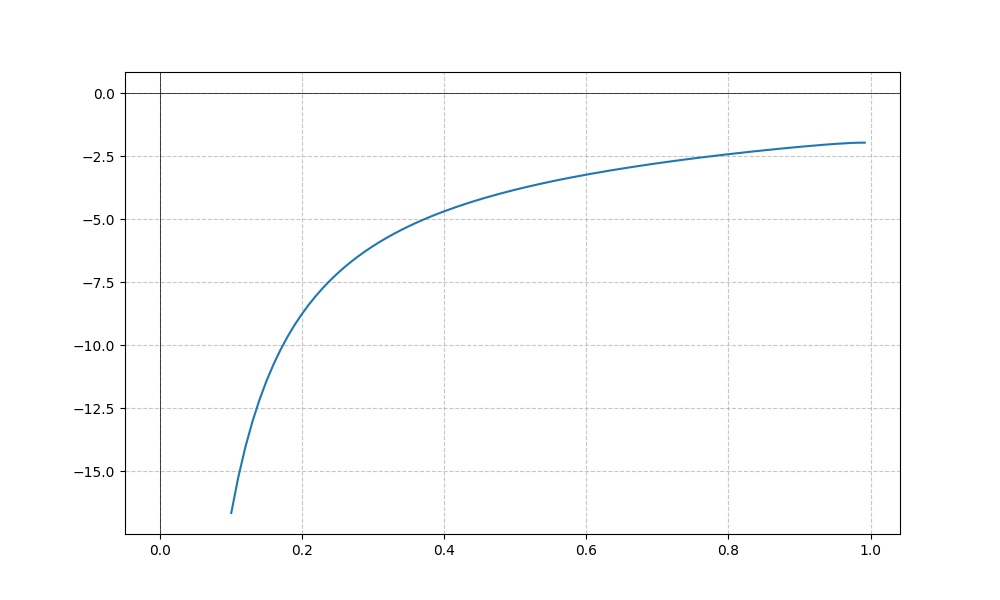
LaTeX formula: - \cot{\left(x \right)} \operatorname{acos}{\left(- x \right)}